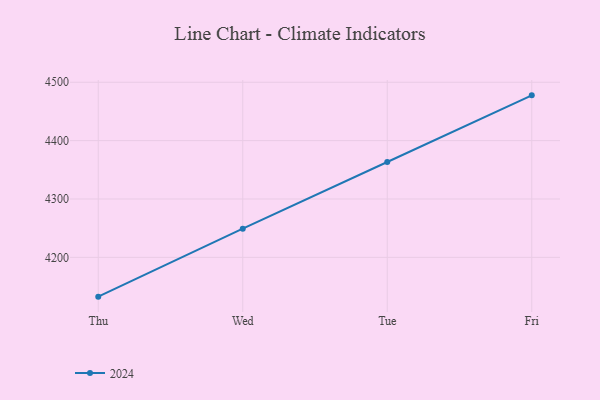
{"axis": {"x": "Day", "y": "Gross Profit (USD K)"}, "legend": ["2024"], "data": [{"x": "Thu", "y": 4132.7, "type": "2024"}, {"x": "Wed", "y": 4249.1, "type": "2024"}, {"x": "Tue", "y": 4363.4, "type": "2024"}, {"x": "Fri", "y": 4477.6, "type": "2024"}]}